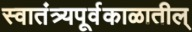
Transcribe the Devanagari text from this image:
स्वातंत्र्यपूर्वकाळातील्